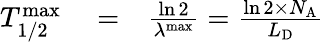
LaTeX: \begin{array}{rlr}{T_{1/2}^{\mathrm{max}}}&{{}=}&{\frac{\ln 2}{\lambda^{\mathrm{max}}}=\frac{\ln 2\times N_{\mathrm{A}}}{L_{\mathrm{D}}}}\end{array}